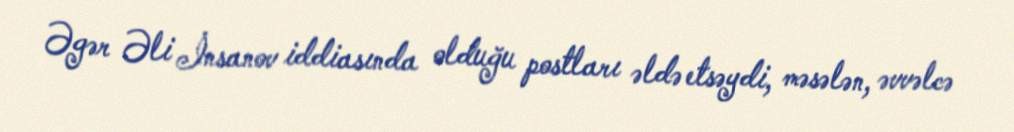
Əgər Əli İnsanov iddiasında olduğu postları əldə etsəydi, məsələn, əvvəlcə